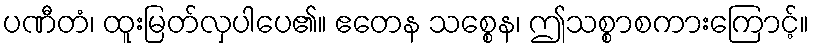
ပဏီတံ၊ ထူးမြတ်လှပါပေ၏။ ဧတေန သစ္စေန၊ ဤသစ္စာစကားကြောင့်။